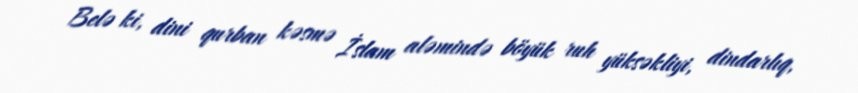
Belə ki, dini qurban kəsmə İslam aləmində böyük ruh yüksəkliyi, dindarlıq,